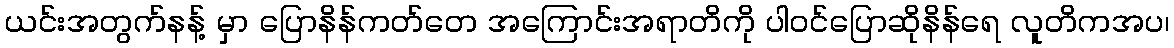
ယင်းအတွက်နန့် မှာ ပြောနိန်ကတ်တေ အကြောင်းအရာတိကို ပါဝင်ပြောဆိုနိန်ရေ လူတိကအပ၊